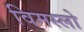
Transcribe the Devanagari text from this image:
विमस्लो